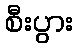
စီးပွား